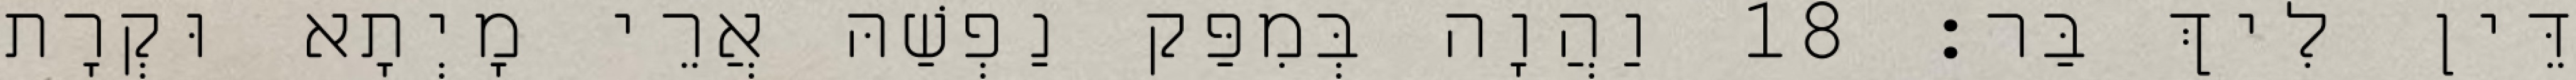
דֵּין לִיךְ בַּר׃ 18 וַהֲוָה בְּמִפַּק נַפְשַׁהּ אֲרֵי מָיְתָא וּקְרָת